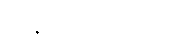
ထိနမိဒ္ဓသမ္ပယုတ္တာ